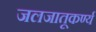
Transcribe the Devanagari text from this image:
जलजातूकर्ण्य